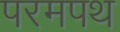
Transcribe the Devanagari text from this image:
परमपथ